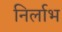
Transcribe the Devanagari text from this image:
निर्लाभ